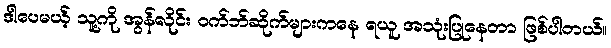
ဒါပေမယ့် သူ့ကို အွန်လိုင်း ဝက်ဘ်ဆိုက်များကနေ ရယူ အသုံးပြုနေတာ ဖြစ်ပါတယ်။